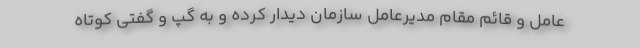
عامل و قائم مقام مدیرعامل سازمان دیدار کرده و به گپ و گفتی کوتاه